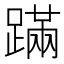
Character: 蹣